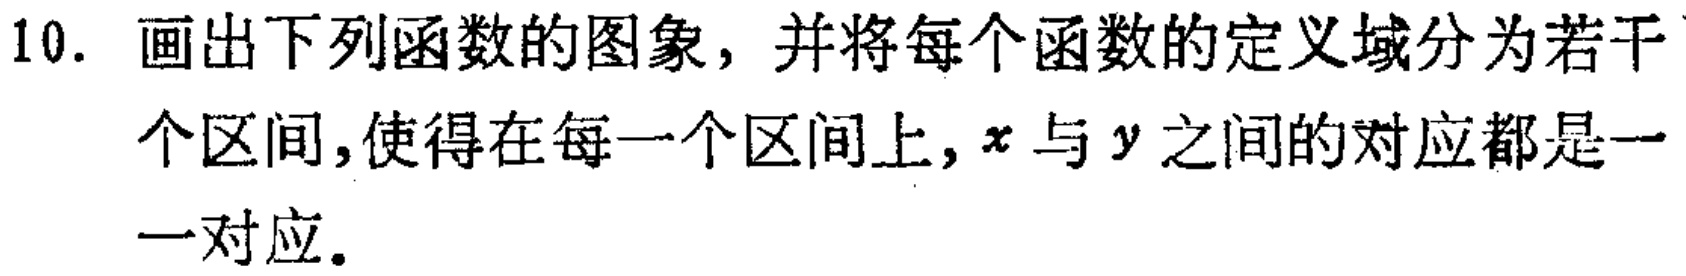
10. 画出下列函数的图象，并将每个函数的定义域分为若干个区间,使得在每一个区间上, \(x\) 与 \(y\) 之间的对应都是一一对应。